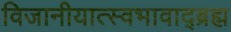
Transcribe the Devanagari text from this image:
विजानीयात्स्वभावाद्ब्रह्म